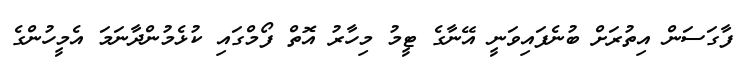
ފާގަސަން އިތުރަށް ބުނެފައިވަނީ އޭނާގެ ޓީމު މިހާރު އޮތް ފޯމްގައި ކުޅެމުންދާނަމަ އެމީހުންގެ